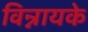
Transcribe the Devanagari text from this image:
विन्नायके